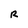
Character: R